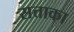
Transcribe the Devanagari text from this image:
सत्ताका